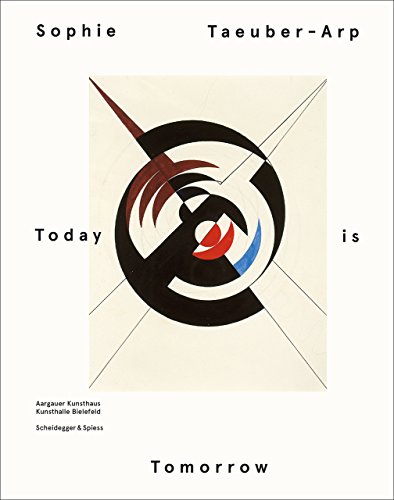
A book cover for Sophie Taeuber - Arp - Today is Tomorrow; Arts & Photography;